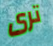
ترى